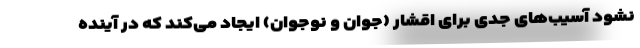
نشود آسیب‌های جدی برای اقشار (جوان و نوجوان) ایجاد می‌کند که در آینده